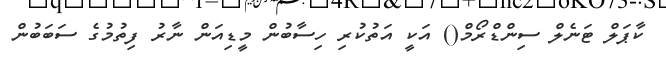
ކާޕަލް ޓަނެލް ސިންޑްރޯމް() އަކީ އަތުކުރި ހިސާބުން މީޑިއަން ނާރު ފިތުމުގެ ސަބަބުން